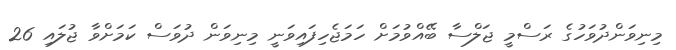
މިނިވަންދުވަހުގެ ރަސްމީ ޖަލްސާ ބޭއްވުމަށް ހަމަޖެހިފައިވަނީ މިނިވަން ދުވަސް ކަމަށްވާ ޖުލައި 26